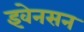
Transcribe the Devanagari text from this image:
इवेनसन